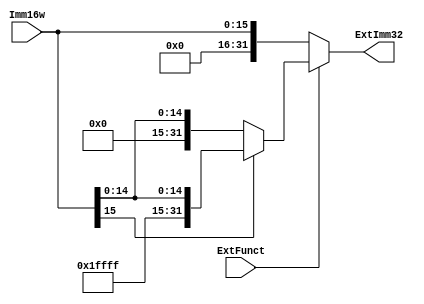
module Extension(input [15:0] Imm16w,input ExtFunct,output [31:0] ExtImm32);
  assign ExtImm32=(ExtFunct==0)?{16'b0000_0000_0000_0000,Imm16w}:
  (Imm16w[15]==0)?{16'b0000_0000_0000_0000,Imm16w}:
  {16'b1111_1111_1111_1111,Imm16w};
endmodule